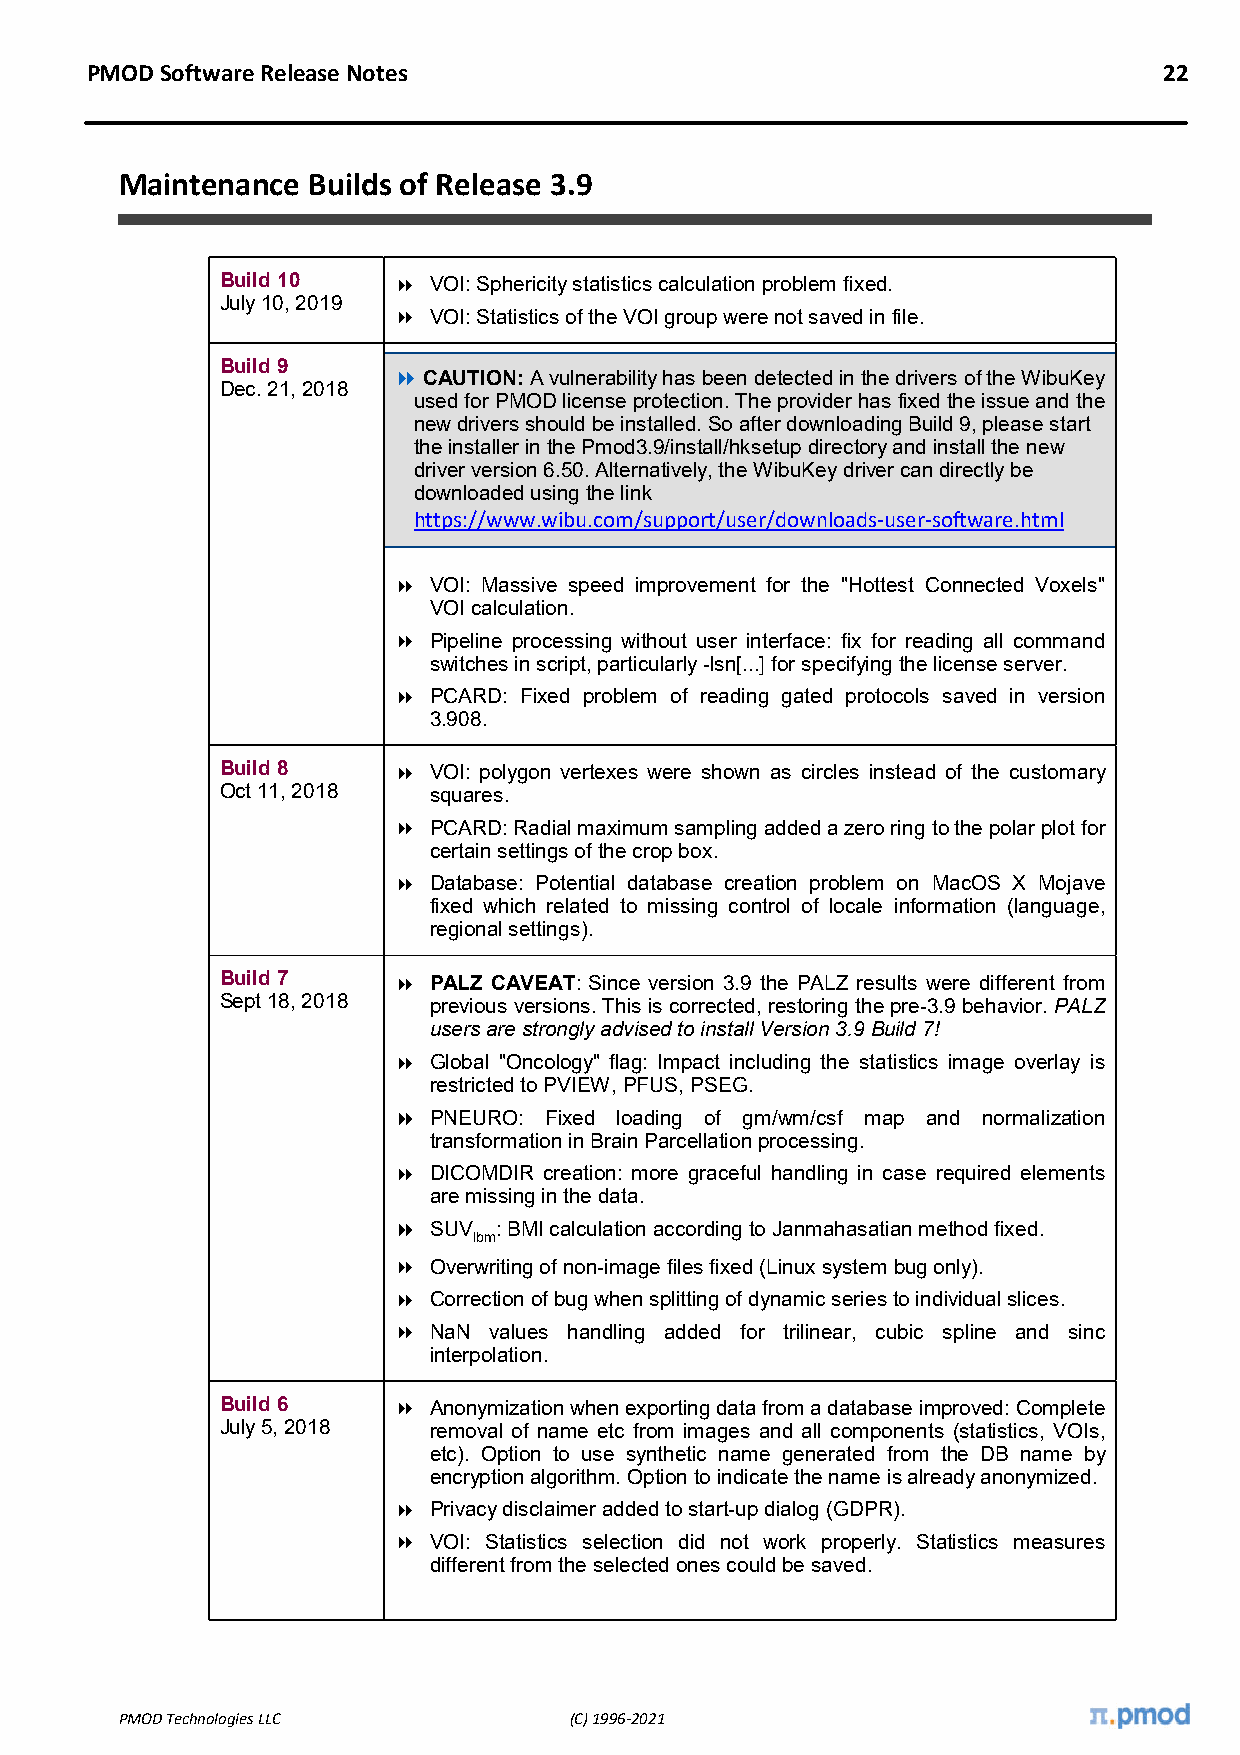
PMOD Software Release Notes                                            22
 Maintenance Builds of Release 3.9
 Build 10    VOI: Sphericity statistics calculation problem fixed.
 July 10, 2019
  VOI: Statistics of the VOI group were not saved in file.
 Build 9    
 CAUTION: A vulnerability has been detected in the drivers of the WibuKey
 Dec. 21, 2018
 used for PMOD license protection. The provider has fixed the issue and the
 new drivers should be installed. So after downloading Build 9, please start
 the installer in the Pmod3.9/install/hksetup directory and install the new
 driver version 6.50. Alternatively, the WibuKey driver can directly be
 downloaded using the link
 https://www.wibu.com/support/user/downloads-user-software.html
  VOI: Massive speed improvement for the "Hottest Connected Voxels"
 VOI calculation.
  Pipeline processing without user interface: fix for reading all command
 switches in script, particularly -lsn[...] for specifying the license server.
  PCARD: Fixed problem of reading gated protocols saved in version
 3.908.
 Build 8     VOI: polygon vertexes were shown as circles instead of the customary
 Oct 11, 2018 squares.
  PCARD: Radial maximum sampling added a zero ring to the polar plot for
 certain settings of the crop box.
  Database: Potential database creation problem on MacOS X Mojave
 fixed which related to missing control of locale information (language,
 regional settings).
 Build 7     PALZ CAVEAT: Since version 3.9 the PALZ results were different from
 Sept 18, 2018 previous versions. This is corrected, restoring the pre-3.9 behavior. PALZ
 users are strongly advised to install Version 3.9 Build 7!
  Global "Oncology" flag: Impact including the statistics image overlay is
 restricted to PVIEW, PFUS, PSEG.
  PNEURO: Fixed loading of gm/wm/csf map and normalization
 transformation in Brain Parcellation processing.
  DICOMDIR creation: more graceful handling in case required elements
 are missing in the data.
  SUV  : BMI calculation according to Janmahasatian method fixed.
 lbm
  Overwriting of non-image files fixed (Linux system bug only).
  Correction of bug when splitting of dynamic series to individual slices.
  NaN values handling added for trilinear, cubic spline and sinc
 interpolation.
 Build 6     Anonymization when exporting data from a database improved: Complete
 July 5, 2018 removal of name etc from images and all components (statistics, VOIs,
 etc). Option to use synthetic name generated from the DB name by
 encryption algorithm. Option to indicate the name is already anonymized.
  Privacy disclaimer added to start-up dialog (GDPR).
  VOI: Statistics selection did not work properly. Statistics measures
 different from the selected ones could be saved.
 PMOD Technologies LLC         (C) 1996-2021